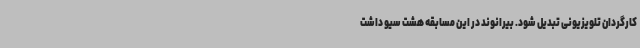
کارگردان تلویزیونی تبدیل شود. بیرانوند در این مسابقه هشت سیو داشت